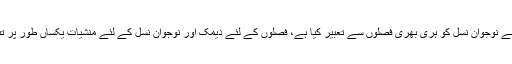
اہل دانش نے نوجوان نسل کو ہری بھری فصلوں سے تعبیر کیا ہے، فصلوں کے لئے دیمک اور نوجوان نسل کے لئے منشیات یکساں طور پر تباہ کن ہیں۔